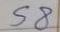
58